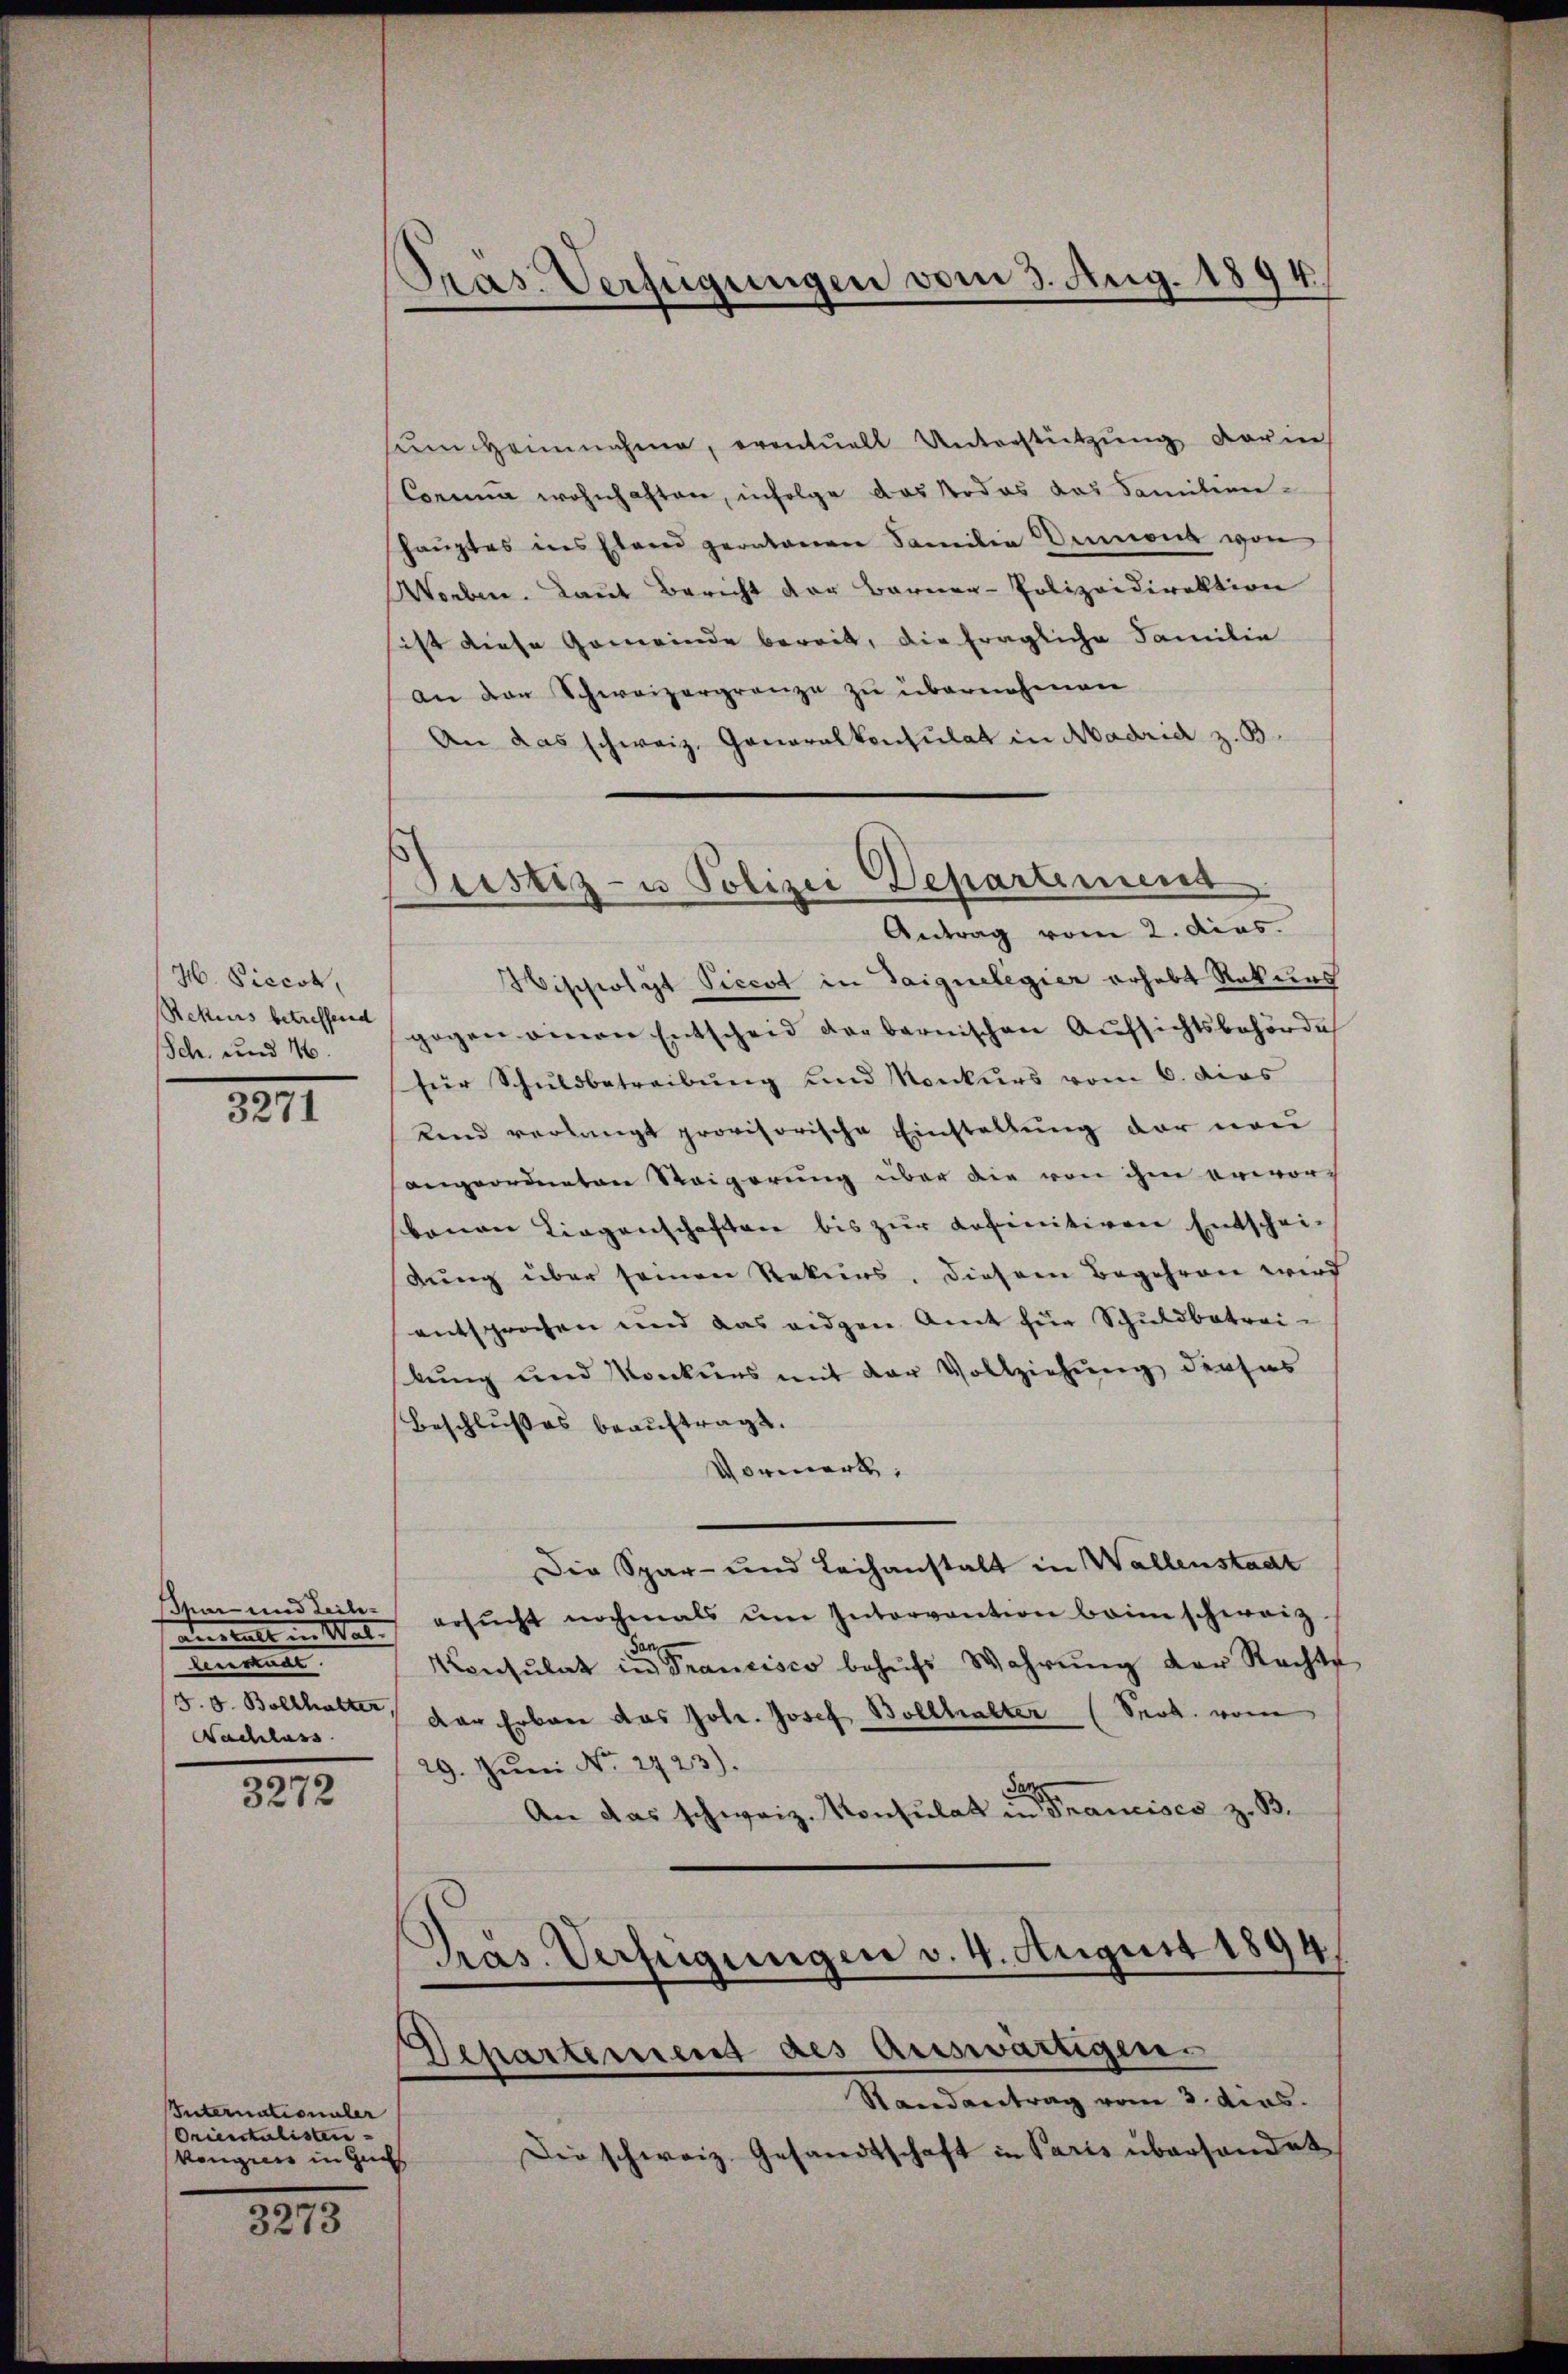
H. Piccot,
Rekurs betreffend
Sch. und 16.

3271

Tar- und Leih¬
Areale in Wal
n
Nachlass

3272

Internationaler
Orientalisten
Kongress in Guts
.

3273

Präs. Verfügungen vom 3. Aug. 1894.

sam heimnahme, eventuell Unterstützung darin
Comma wohnhaften, infolge das Nodos das Familien-
hauptes ins Elend geratonen Familia Anna von
Worben. Laut Bericht der Barner-Polizeidirektion
ist diese Gemeinde bereit, die fragliche Familie
an der Schweizergrenze zu übernehmen
An das schweiz. Generalkonsulat in Madrid z. B.
Antrag vom 2. dies.
Wischpolyt Piccot in Gaigueligier erhebt Rekurs
gegen einen Entscheid der bernischen Aufsichtsbehörde
für Schuldbetreibung und Konkurs vom 6. dies
Lend verlangt provisorische Einstellung der neu
angeordneten Reigerung über die von ihm erwor-
bauen Liegenschaften bis zur definitiven Entschei-
dung über seinen Rekurs, diesem Begehren wird
entsprochen und das eidgen. Amt für Schuldbetreikung und Konkurs mit der Vollziehung derfas
Beschlußes beauftragt.
Vormerk.
Die Spar- und Leihanstalt in Wallenstadt
ersŭcht nochmals ŭm Intervention beim schweiz.
d
Konsulat in Francisco behŭfs Wahrŭng der Rechte
d. G. Bolthalter, der Erben das Joh. Josef Bollhalter (Seob. vom
29. Jŭni No 2923).
An das schweiz. Konsulat in Francises z. B.
Pras. Verfügungen v. 4. August 1894.

Justiz- u Polizei Departement

Departement des auswärtigen.
Randantrag vom 3. dirs.
Die schweiz. Gesandtschaft in Paris überhandet